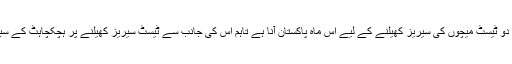
یاد رہے کہ بنگلہ دیشی کرکٹ ٹیم کو دو ٹیسٹ میچوں کی سیریز کھیلنے کے لیے اس ماہ پاکستان آنا ہے تاہم اس کی جانب سے ٹیسٹ سیریز کھیلنے پر ہچکچاہٹ کے سبب غیر یقینی صورتحال کا سامنا ہے۔